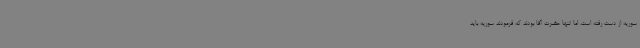
سوریه از دست رفته است. اما تنها حضرت آقا بودند که فرمودند سوریه باید